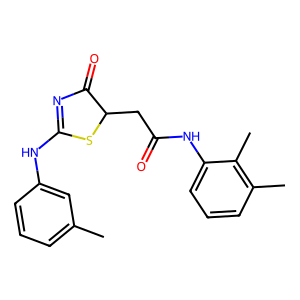
SMILES: Cc1cccc(NC2=NC(=O)C(CC(=O)Nc3cccc(C)c3C)S2)c1
Inhibits HIV replication: No